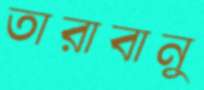
তারাবানু